Leaving Certificate Examination (including Day School Certificate (Higher) General paper), 1936
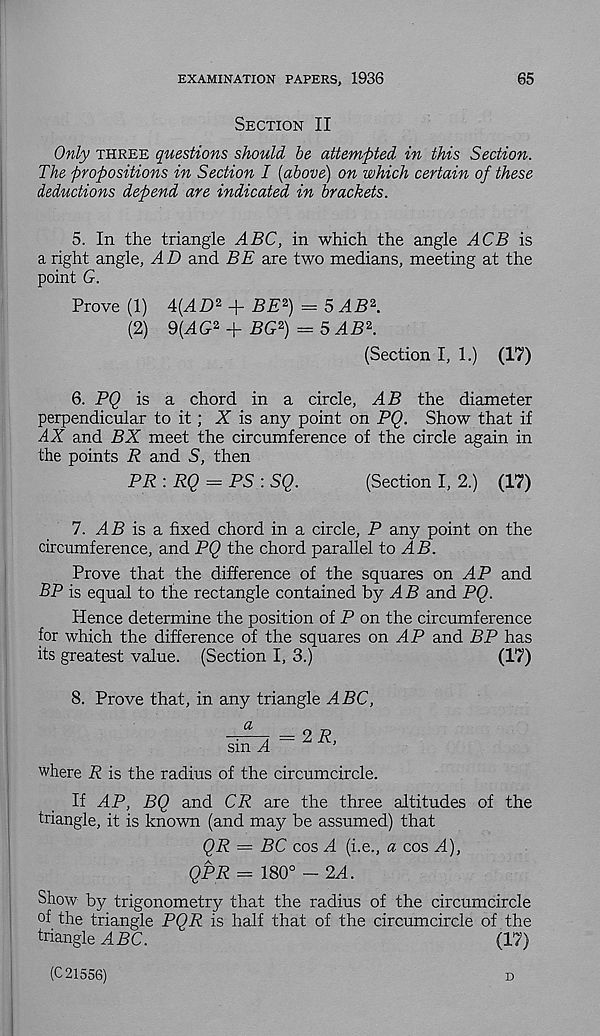
EXAMINATION PAPERS, 1936
65
Section II
Only three questions should be attempted in this Section.
The propositions in Section I [above) on which certain of these
deductions depend are indicated in brackets.
5. In the triangle ABC, in which the angle ACB is
a right angle, AD and BE are two medians, meeting at the
point G.
Prove (1) 4(^4Z) 2 + BE 2 ) = 5 AB\
(2) 9(^G 2 + BG 2 ) = 5^B 2 .
(Section I, 1.) (17)
6. PQ is a chord in a circle, AB the diameter
perpendicular to it; X is any point on PQ. Show that if
AX and BX meet the circumference of the circle again in
the points R and S, then
PR : RQ = PS : SQ.
(Section I, 2.) (17)
7. dB is a fixed chord in a circle, P any point on the
circumference, and PQ the chord parallel to AB.
Prove that the difference of the squares on AP and
BP is equal to the rectangle contained by dB and PQ.
Hence determine the position of P on the circumference
for which the difference of the squares on AP and BP has
its greatest value. (Section I, 3.)
(17)
8. Prove that, in any triangle ABC,
a
-■—~A = 2 R,
sm d
where R is the radius of the circumcircle.
If AP, BQ and CR are the three altitudes of the
triangle, it is known (and may be assumed) that
QR — BC cos d (i.e., a cos A),
QPR = 180° - 2d.
Show by trigonometry that the radius of the circumcircle
°f the triangle PQR is half that of the circumcircle of the
triangle dBC.
(17)
(C 21556)
D